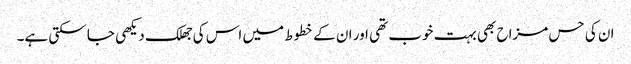
ان کی حس مزاح بھی بہت خوب تھی اور ان کے خطوط میں اس کی جھلک دیکھی جا سکتی ہے۔